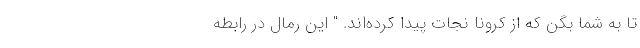
تا به شما بگن که از کرونا نجات پیدا کرده‌اند. " این رمال در رابطه